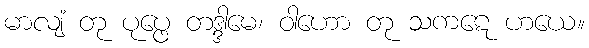
မာလျံ တု ပုပ္ဖေ တဒ္ဒါမေ၊ ဝါဟော တု သကဋေ ဟယေ။